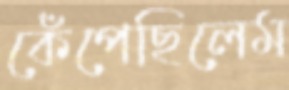
কেঁপেছিলেম